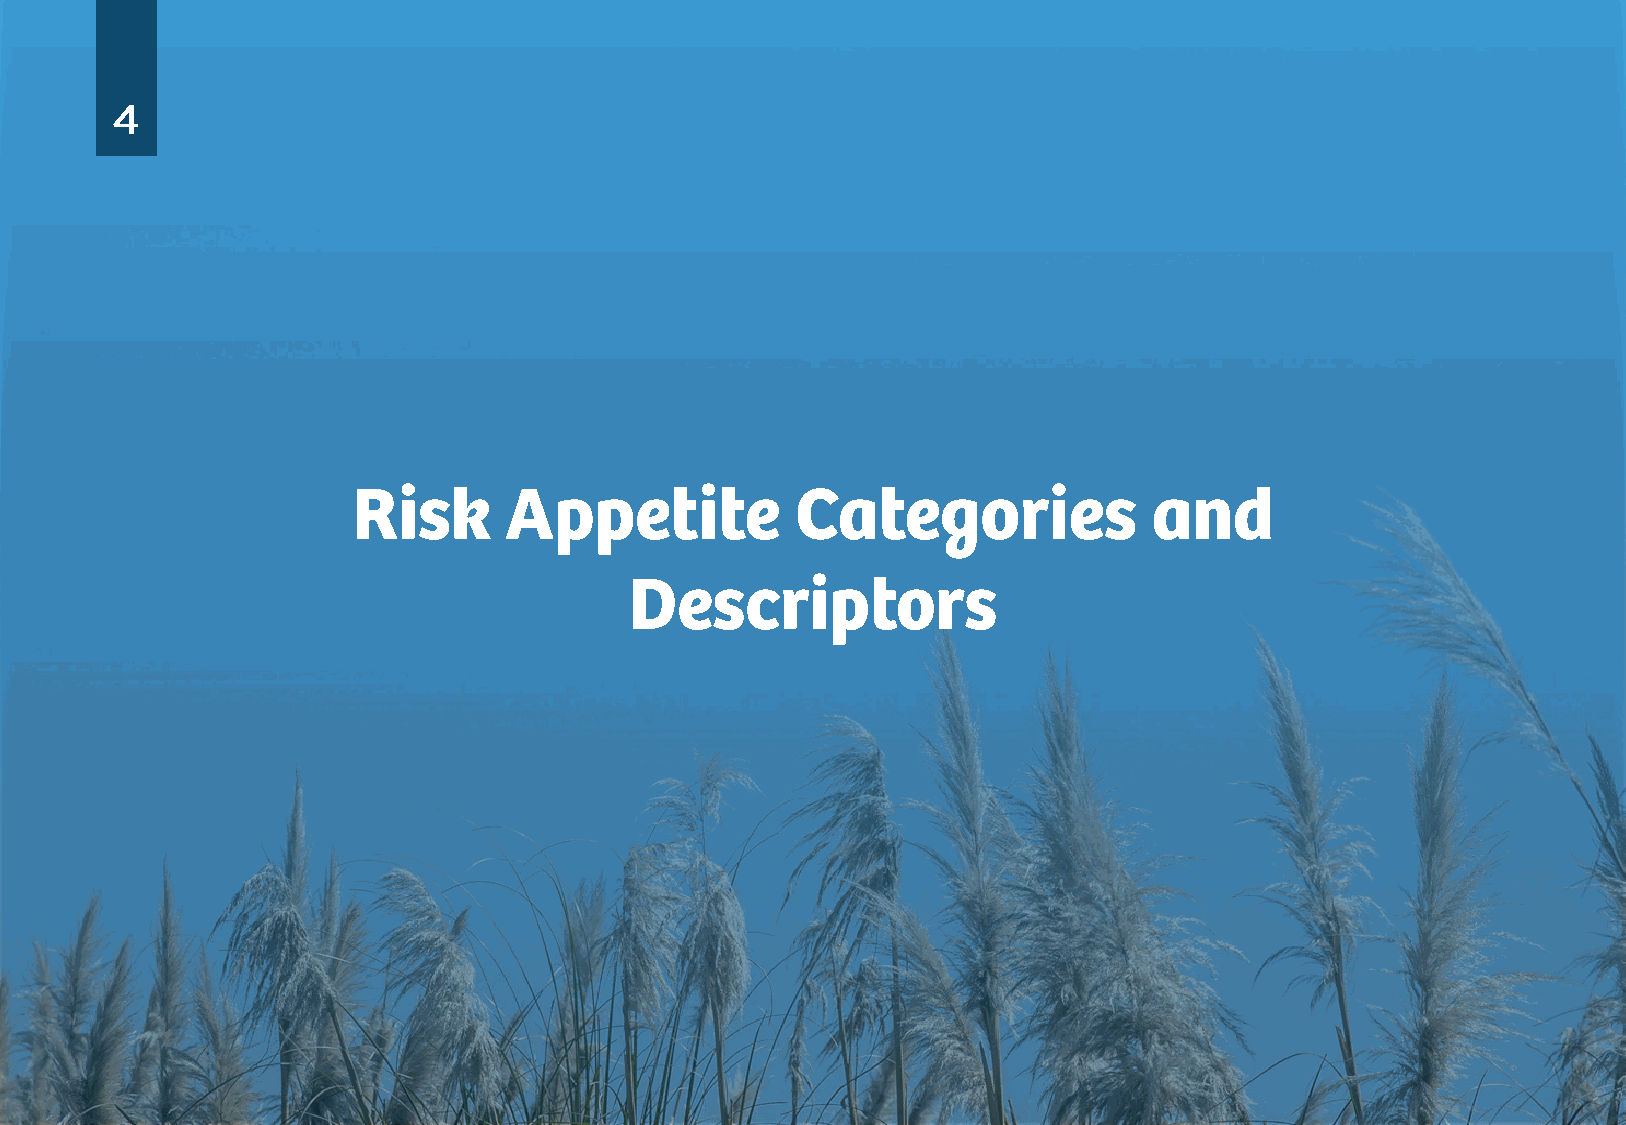
4
 Risk      Appetite            Categories             and
 Descriptors